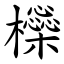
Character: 㰑